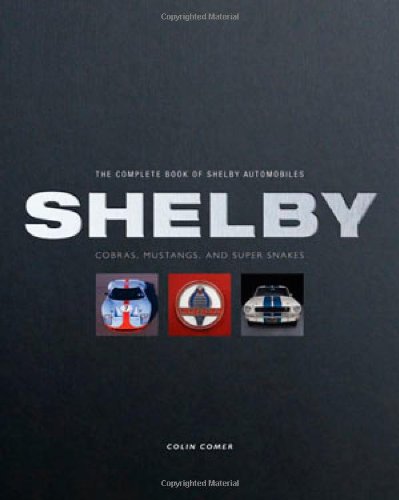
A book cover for The Complete Book of Shelby Automobiles: Cobras, Mustangs, and Super Snakes (Complete Book Series); Colin Comer; Engineering & Transportation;